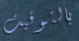
بالتوقيت